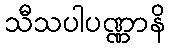
သီသပါပဏ္ဏာနိ